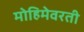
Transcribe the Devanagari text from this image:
मोहिमेवरती